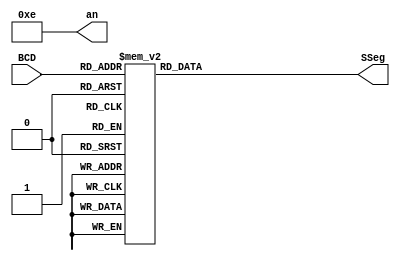
module BCDtoSSeg (BCD, SSeg, an);

  input [3:0] BCD;
  output reg [0:6] SSeg;
  output [3:0] an;

assign an=4'b1110;


always @ ( * ) begin
  case (BCD)
   4'b0000: SSeg = 7'b0000001; // "0"  
	4'b0001: SSeg = 7'b1001111; // "1" 
	4'b0010: SSeg = 7'b0010010; // "2" 
	4'b0011: SSeg = 7'b0000110; // "3" 
	4'b0100: SSeg = 7'b1001100; // "4" 
	4'b0101: SSeg = 7'b0100100; // "5" 
	4'b0110: SSeg = 7'b0100000; // "6" 
	4'b0111: SSeg = 7'b0001111; // "7" 
	4'b1000: SSeg = 7'b0000000; // "8"  
	4'b1001: SSeg = 7'b0000100; // "9" 
   4'ha: SSeg = 7'b0001000;  
   4'hb: SSeg = 7'b1100000;
   4'hc: SSeg = 7'b0110001;
   4'hd: SSeg = 7'b1000010;
   4'he: SSeg = 7'b0110000;
   4'hf: SSeg = 7'b0111000;
    default:
    SSeg = 0;
  endcase
end

endmodule